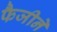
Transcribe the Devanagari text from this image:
फैजीने